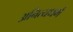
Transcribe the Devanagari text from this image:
अनित्यधर्म